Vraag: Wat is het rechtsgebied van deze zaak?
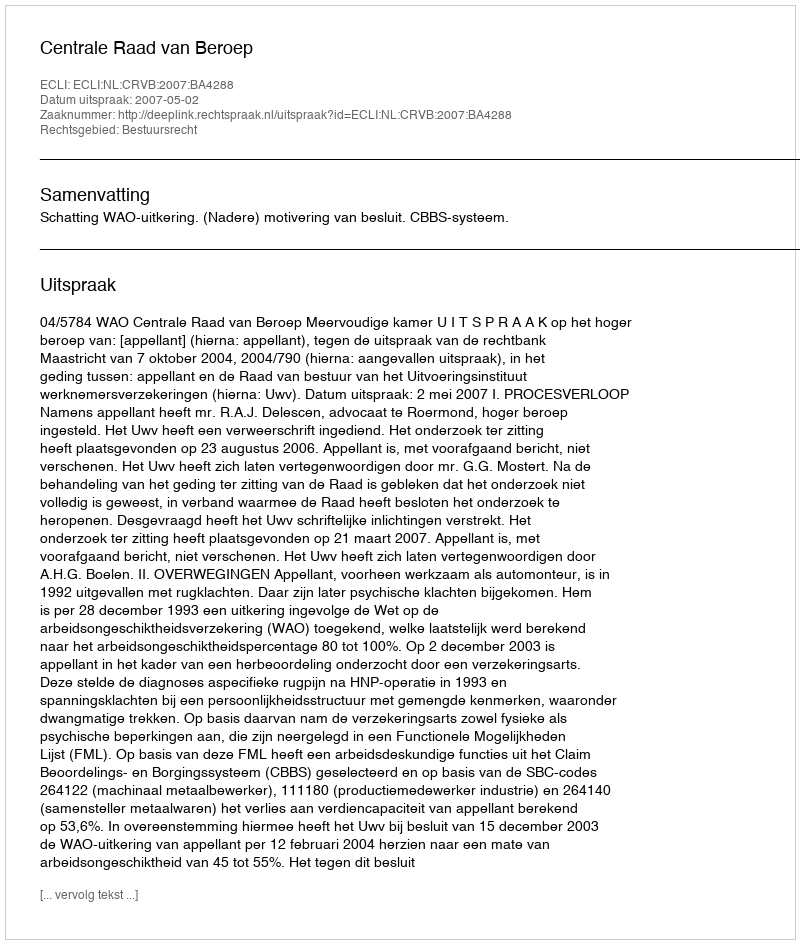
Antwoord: Bestuursrecht